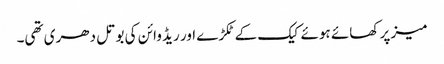
میز پر کھائے ہوئے کیک کے ٹکڑے اور ریڈ وائن کی بوتل دھری تھی۔